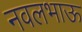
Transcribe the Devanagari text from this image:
नवलभाऊ